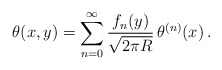
\begin{align*}\theta(x,y) = \sum_{n=0}^\infty \frac{f_n(y)}{\sqrt{2\pi R}}\,\theta^{(n)}(x) \, .\end{align*}